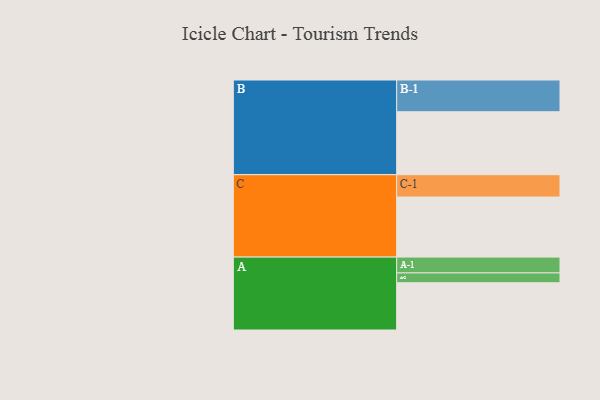
{"axis": {"x": "Segment", "y": "Value"}, "legend": ["", "A", "B", "C"], "data": [{"x": "A", "y": 427, "type": ""}, {"x": "B", "y": 569, "type": ""}, {"x": "C", "y": 543, "type": ""}, {"x": "A-1", "y": 143, "type": "A"}, {"x": "A-2", "y": 89, "type": "A"}, {"x": "B-1", "y": 287, "type": "B"}, {"x": "C-1", "y": 202, "type": "C"}]}